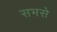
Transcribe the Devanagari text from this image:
सभसे